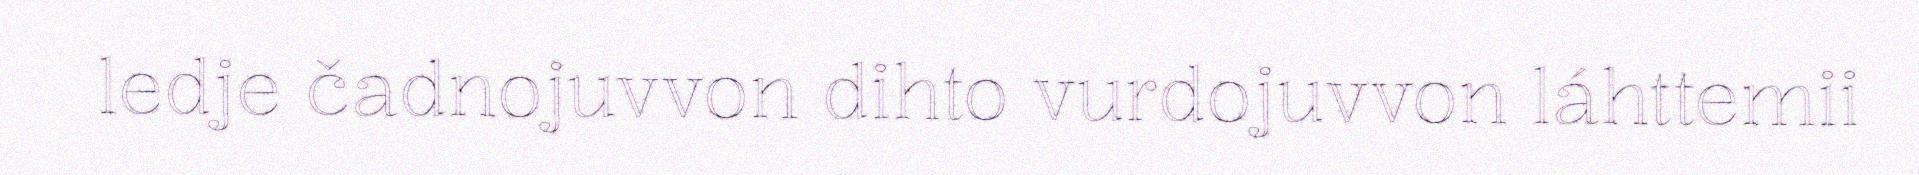
ledje čadnojuvvon dihto vurdojuvvon láhttemii